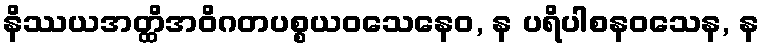
နိဿယအတ္ထိအဝိဂတပစ္စယဝသေနေဝ, န ပရိပါစနဝသေန, န